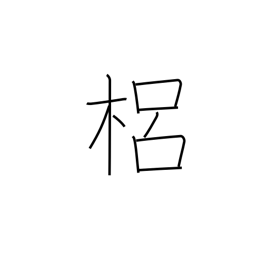
Meaning: a kind of quince